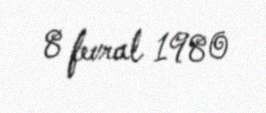
8 fevral 1980